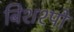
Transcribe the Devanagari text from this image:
बिशश्पों